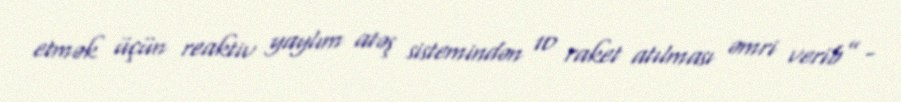
etmək üçün reaktiv yaylım atəş sistemindən 10 raket atılması əmri verib” -